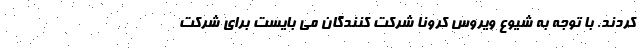
کردند. با توجه به شیوع ویروس کرونا شرکت کنندگان می بایست برای شرکت